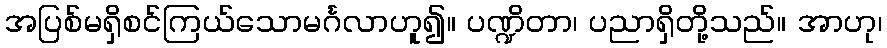
အပြစ်မရှိစင်ကြယ်သောမင်္ဂလာဟူ၍။ ပဏ္ဍိတာ၊ ပညာရှိတို့သည်။ အာဟု၊